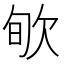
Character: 㰬